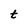
Character: t